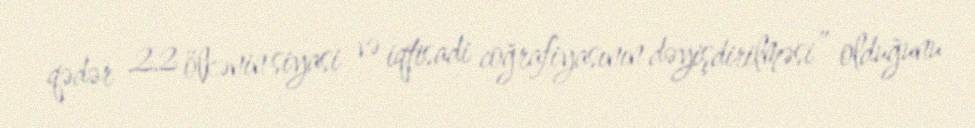
qədər 22 ölkənin siyasi və iqtisadi coğrafiyasının dəyişdirilməsi” olduğunu